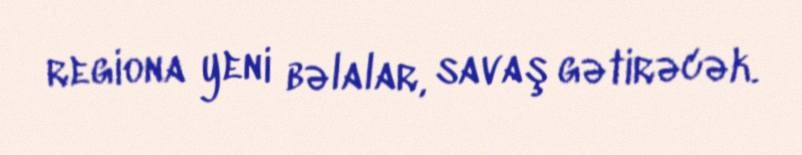
regiona yeni bəlalar, savaş gətirəcək.